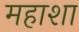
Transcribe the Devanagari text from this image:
महाशा